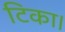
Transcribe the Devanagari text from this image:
टिका।